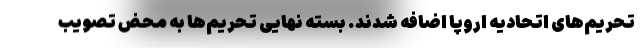
تحریم‌های اتحادیه اروپا اضافه شدند. بسته نهایی تحریم‌ها به محض تصویب